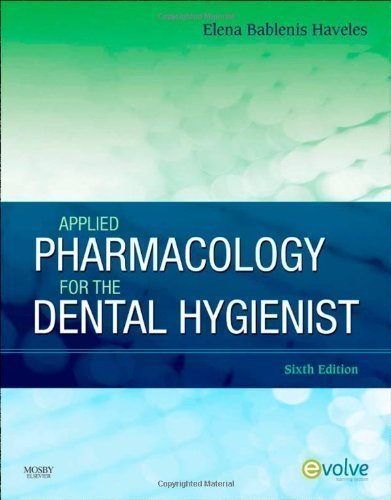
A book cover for Applied Pharmacology for the Dental Hygienist, 6e 6th (sixth) Edition by Haveles BS Pharm Pharm D, Elena Bablenis published by Mosby (2010) Paperback; Medical Books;